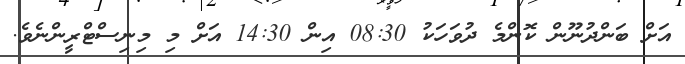
އަށް ބަންދުނޫން ކޮންމެ ދުވަހަކު 08:30 އިން 14:30 އަށް މި މިނިސްޓްރީންނެވެ.